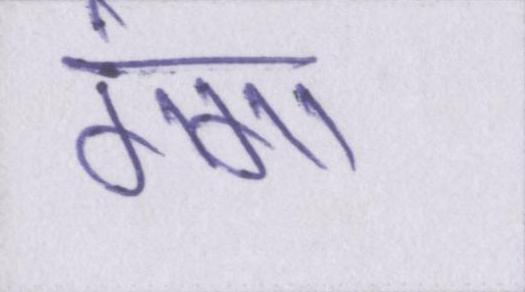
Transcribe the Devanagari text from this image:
गंगा